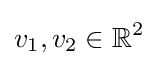
v_{1},v_{2}\in \mathbb {R} ^{2}